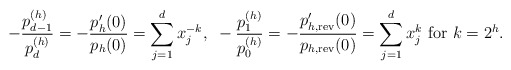
\begin{align*}-\frac{p_{d-1}^{(h)}}{p_{d}^{(h)}}=-\frac{p'_h(0)}{p_h(0)}=\sum_{j=1}^dx_j^{-k},~-\frac{p_{1}^{(h)}}{p_{0}^{(h)}}=-\frac{p'_{h,{\rm rev}}(0)}{p_{h,{\rm rev}}(0)}=\sum_{j=1}^dx_j^{k}~{\rm for}~k=2^h.\end{align*}